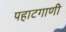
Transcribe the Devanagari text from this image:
पहाटगाणी